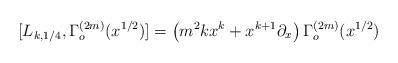
LaTeX: \begin{align*}[L_{k,1/4},\Gamma^{(2m)}_o(x^{1/2})]=\left(m^2kx^k+x^{k+1}\partial_x\right)\Gamma^{(2m)}_o(x^{1/2})\end{align*}